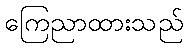
ကြေညာထားသည်